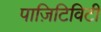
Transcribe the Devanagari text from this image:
पाज़िटिविटी